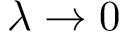
\lambda \to 0